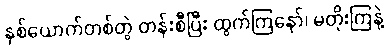
နှစ်ယောက်တစ်တွဲ တန်းစီပြီး ထွက်ကြနော်၊ မတိုးကြနဲ့